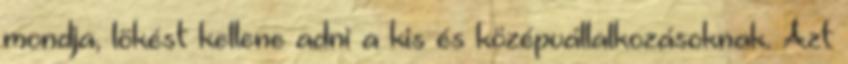
mondja, lökést kellene adni a kis és középvállalkozásoknak. Azt